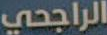
الراجحي